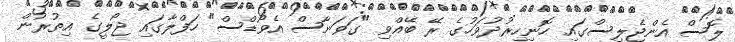
ލޮސް އެންޖެލިސްގައި ހޮނިހިރުދުވަހުގެ ރޭ ބޭއްވި "ގަވަނާސް އެވޯޑްސް" ހަފްލާގައި ޖޯލީގެ އިތުރުން